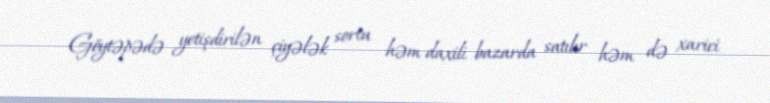
Göytəpədə yetişdirilən çiyələk sortu həm daxili bazarda satılır həm də xarici